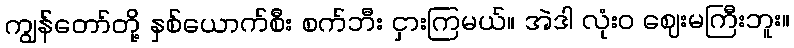
ကျွန်တော်တို့ နှစ်ယောက်စီး စက်ဘီး ငှားကြမယ်။ အဲဒါ လုံးဝ ဈေးမကြီးဘူး။